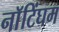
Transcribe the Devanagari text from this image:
नाॅटिंघम